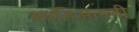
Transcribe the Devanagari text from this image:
स्पतिअल्ली